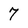
Character: 7